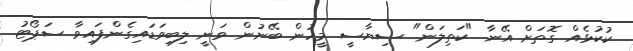
ކުކުޅެއް ގޮތަށް އޭނާ "ކަތިލަން" ސިޔާސީ މީހުން ބޭނުން ވަނީ ލިބިވަޑައިގެންފައިވާ ސަޕޯޓު